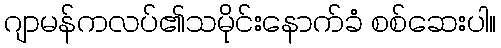
ဂျာမန်ကလပ်၏သမိုင်းနောက်ခံ စစ်ဆေးပါ။